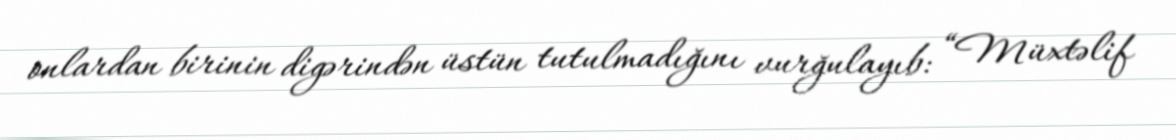
onlardan birinin digərindən üstün tutulmadığını vurğulayıb: “Müxtəlif